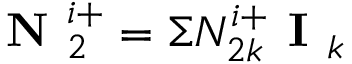
\textbf { N } _ { 2 } ^ { i + } = \Sigma N _ { 2 k } ^ { i + } \textbf { I } _ { k }